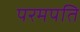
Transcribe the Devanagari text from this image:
परमपति